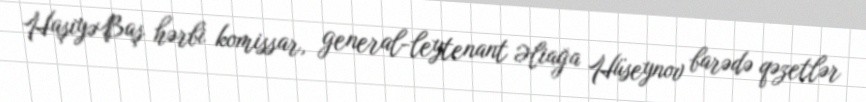
HaşiyəBaş hərbi komissar, general-leytenant Əliağa Hüseynov barədə qəzetlər